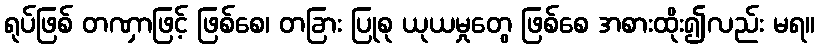
ရုပ်ဖြစ် တဏှာဖြင့် ဖြစ်စေ၊ တခြား ပြုစု ယုယမှုတွေ ဖြစ်စေ အစားထိုး၍လည်း မရ။